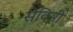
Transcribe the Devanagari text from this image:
सेविनी